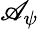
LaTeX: \mathscr{A}_{\psi}